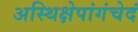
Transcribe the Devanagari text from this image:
अस्थिक्षेपांगंचेदं